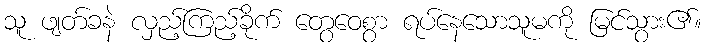
သူ ဖျတ်ခနဲ လှည့်ကြည့်ခိုက် တွေဝေစွာ ရပ်နေသောသူမကို မြင်သွား၏။